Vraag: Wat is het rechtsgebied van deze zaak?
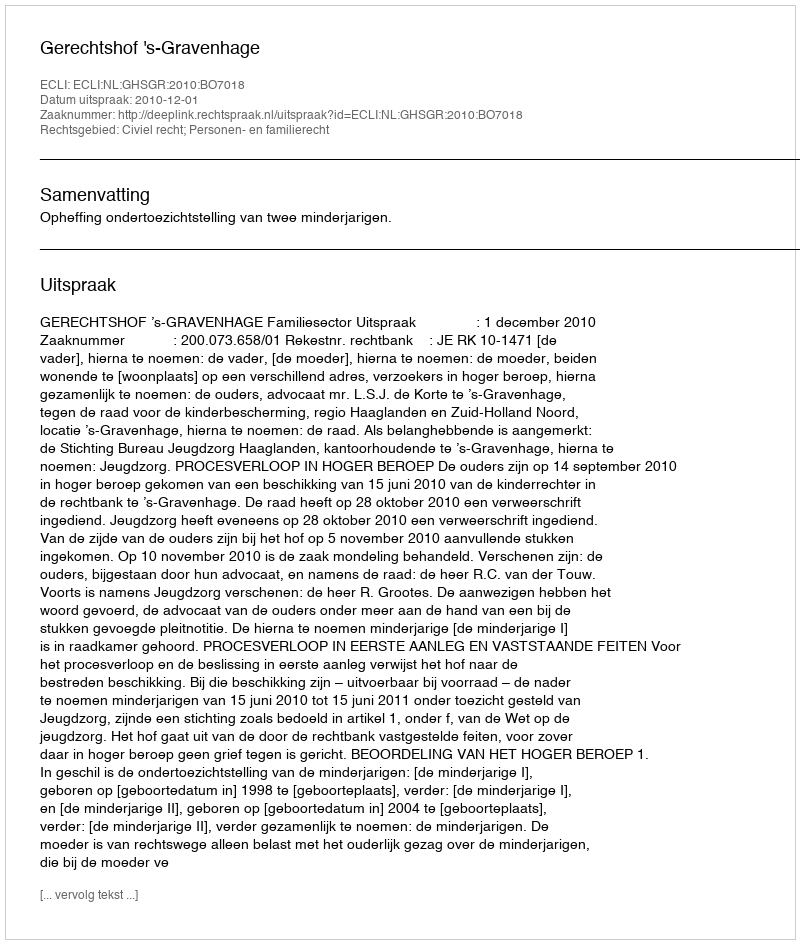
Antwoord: Civiel recht; Personen- en familierecht